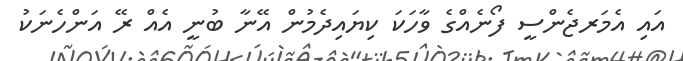
އައި އެމަރޖެންސީ ފޯނެއްގެ ވާހަކަ ކިޔައިދެމުން އޭނާ ބުނީ އެއް ރޭ އަންހެނަކު